Annual report of the Imperial Bacteriologist
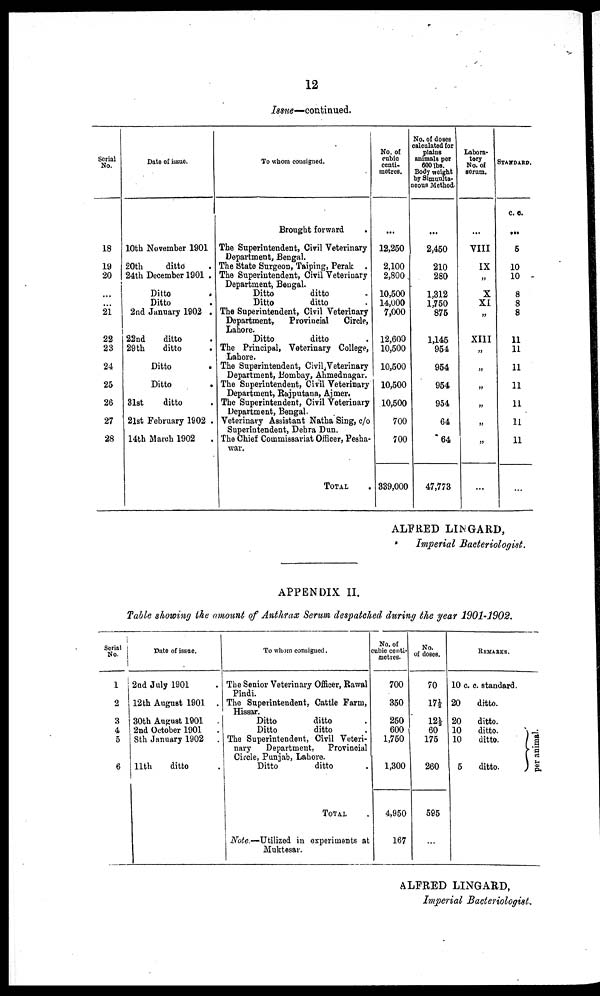
12
Issue—continued.
Serial
No.
18
19
20
...
...
21
22
23
24
25
26
27
28
Date of issue.
10th November 1901
20th
ditto .
24th December 1901 .
Ditto .
Ditto .
2nd January 1902 .
22nd
ditto .
29th
ditto .
Ditto .
Ditto .
31st
ditto .
21st February 1902 .
14th March 1902
.
To whom consigned.
Brought forward .
The Superintendent, Civil Veterinary
Department, Bengal.
The State Surgeon, Taiping, Perak .
The Superintendent, Civil Veterinary
Department, Bengal.
Ditto
ditto .
Ditto
ditto .
The Superintendent, Civil Veterinary
Department,
Provincial
Circle,
Lahore.
Ditto
ditto .
The Principal, Veterinary College,
Lahore.
The Superintendent, Civil Veterinary
Department, Bombay, Ahmednagar.
The Superintendent, Civil Veterinary
Department, Rajputana, Ajmer.
The Superintendent, Civil Veterinary
Department, Bengal.
Veterinary Assistant Natha Sing, c/o
Superintendent, Dehra Dun.
The Chief Commissariat Officer, Pesha-
war.
TOTAL
No. of
cubic
centi¬
metres.
...
12,250
2,100
2,800
10,500
14,000
7,000
12,600
10,500
10,500
10,500
10,500
700
700
339,000
No. of doses
calculated for
plains
animals per
600 lbs.
Body weight
by Simuulta¬
neous Method.
...
2,450
210
280
1,312
1,750
875
1,145
954
954
954
954
64
64
47,773
Labora-
tory
No. of
serum.
...
VIII
IX
„
X
XI
„
XIII
„
„
„
„
„
„
...
STANDARD.
c. c.
...
5
10
10
8
8
8
11
11
11
11
11
11
11
...
ALFRED LINGARD,
Imperial Bacteriologist.
APPENDIX II.
Table showing the amount of Anthrax Serum despatched during the year 1901-1902.
Serial
No.
1
2
3
4
5
6
Date of issue.
2nd July 1901 .
12th August 1901 .
30th August 1901 .
2nd October 1901
8th January 1902 .
11th
ditto .
To whom consigned.
The Senior Veterinary Officer, Rawal
Pindi.
The Superintendent, Cattle Farm,
Hissar.
Ditto
ditto
Ditto
ditto
The Superintendent, Civil Veteri-
nary Department, Provincial
Circle, Punjab, Lahore.
Ditto
ditto .
TOTAL .
Note.—Utilized in experiments at
Muktesar.
No. of
cubic centi-
metres.
700
350
250
600
1,750
1,300
4,950
167
No.
of doses.
70
17½
12½
60
175
260
595
...
REMARKS.
10 c. c. standard.
20
ditto.
20
ditto.
10
ditto.
10
ditto.
5
ditto.
}per animal.
ALFRED LINGARD,
Imperial Bacteriologist.